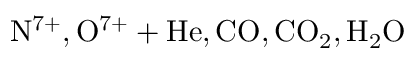
\mathrm { N ^ { 7 + } , O ^ { 7 + } + H e , C O , C O _ { 2 } , H _ { 2 } O }